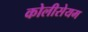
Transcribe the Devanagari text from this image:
कोलीसेयम